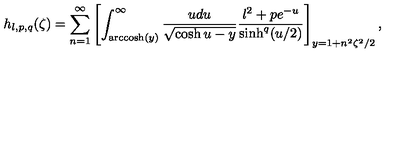
h _ { l , p , q } ( \zeta ) = \sum _ { n = 1 } ^ { \infty } \left[ \int _ { \mathrm { a r c c o s h } ( y ) } ^ { \infty } \frac { u d u } { \sqrt { \cosh u - y } } \frac { l ^ { 2 } + p e ^ { - u } } { \sinh ^ { q } ( u / 2 ) } \right] _ { y = 1 + n ^ { 2 } \zeta ^ { 2 } / 2 } ,